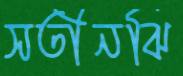
সতীনঝি